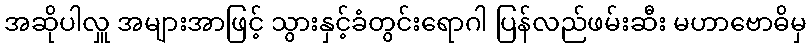
အဆိုပါလှူ အများအာဖြင့် သွားနှင့်ခံတွင်းရောဂါ ပြန်လည်ဖမ်းဆီး မဟာဗောဓိမှ